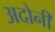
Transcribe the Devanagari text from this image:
अदोनी